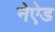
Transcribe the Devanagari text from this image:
नेऐड